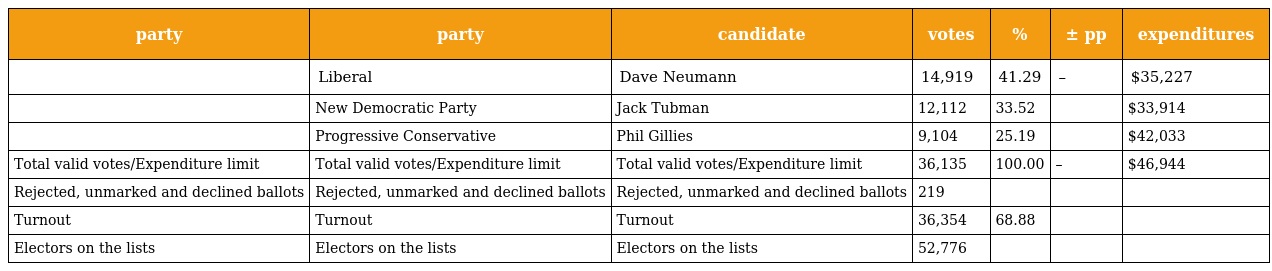
| party | party | candidate | votes | % | ± pp | expenditures |
 | --- | --- | --- | --- | --- | --- | --- |
 |  | Liberal | Dave Neumann | 14,919 | 41.29 | – | $35,227 |
 |  | New Democratic Party | Jack Tubman | 12,112 | 33.52 |  | $33,914 |
 |  | Progressive Conservative | Phil Gillies | 9,104 | 25.19 |  | $42,033 |
 | Total valid votes/Expenditure limit | Total valid votes/Expenditure limit | Total valid votes/Expenditure limit | 36,135 | 100.00 | – | $46,944 |
 | Rejected, unmarked and declined ballots | Rejected, unmarked and declined ballots | Rejected, unmarked and declined ballots | 219 |  |  |  |
 | Turnout | Turnout | Turnout | 36,354 | 68.88 |  |  |
 | Electors on the lists | Electors on the lists | Electors on the lists | 52,776 |  |  |  |